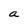
Character: a